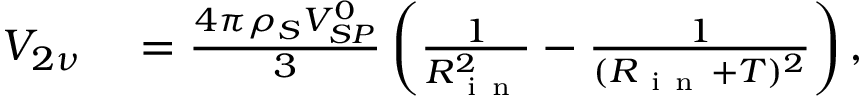
\begin{array} { r l } { V _ { 2 \nu } } & { { } = \frac { 4 \pi \rho _ { S } V _ { S P } ^ { 0 } } { 3 } \left( \frac { 1 } { R _ { \mathrm { ~ i ~ n ~ } } ^ { 2 } } - \frac { 1 } { ( R _ { \mathrm { ~ i ~ n ~ } } + T ) ^ { 2 } } \right) , } \end{array}